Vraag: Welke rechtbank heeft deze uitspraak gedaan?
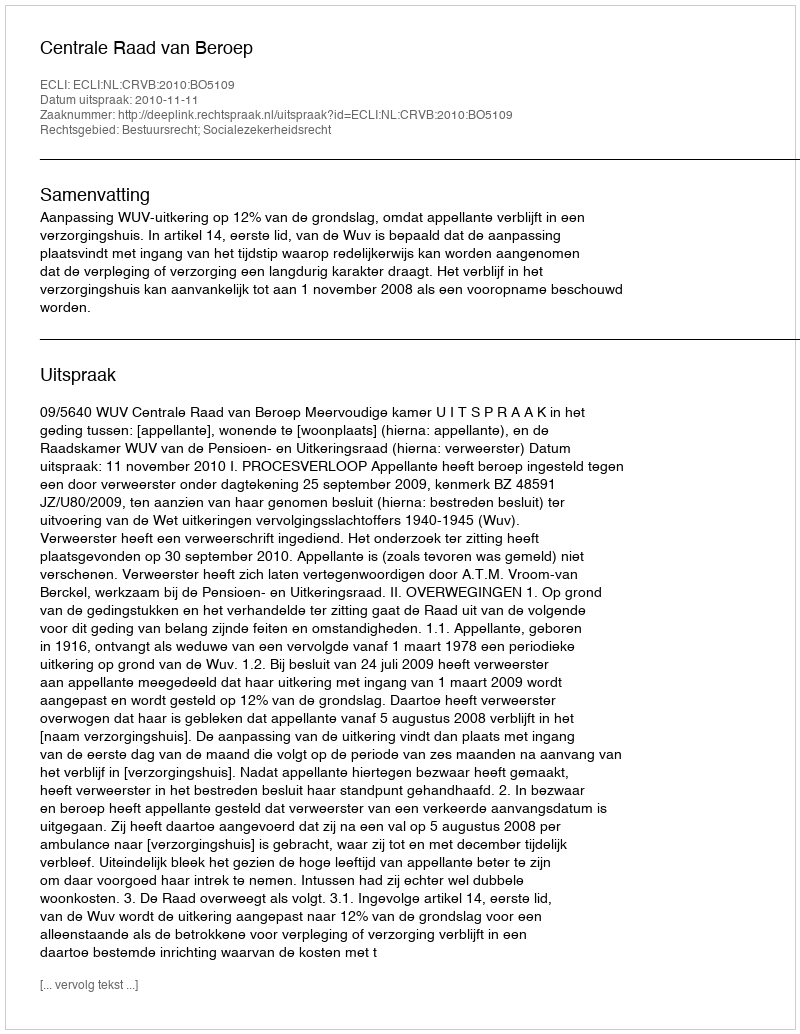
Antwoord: Centrale Raad van Beroep